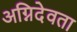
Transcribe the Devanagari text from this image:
अग्निदेवता